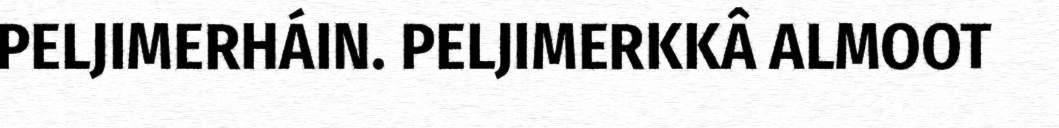
PELJIMERHÁIN. PELJIMERKKÂ ALMOOT